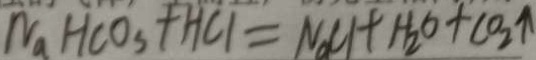
N a H C O _ { 3 } + H C l = N a C l + H _ { 2 } O + C O _ { 2 } \uparrow